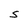
Character: S